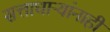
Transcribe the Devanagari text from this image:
सत्ताधाऱ्यांनाही